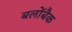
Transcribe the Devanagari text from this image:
बलोंबैक